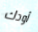
أودك